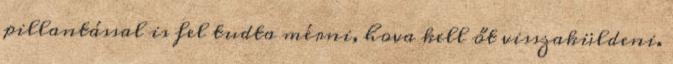
pillantással is fel tudta mérni, hova kell őt visszaküldeni.